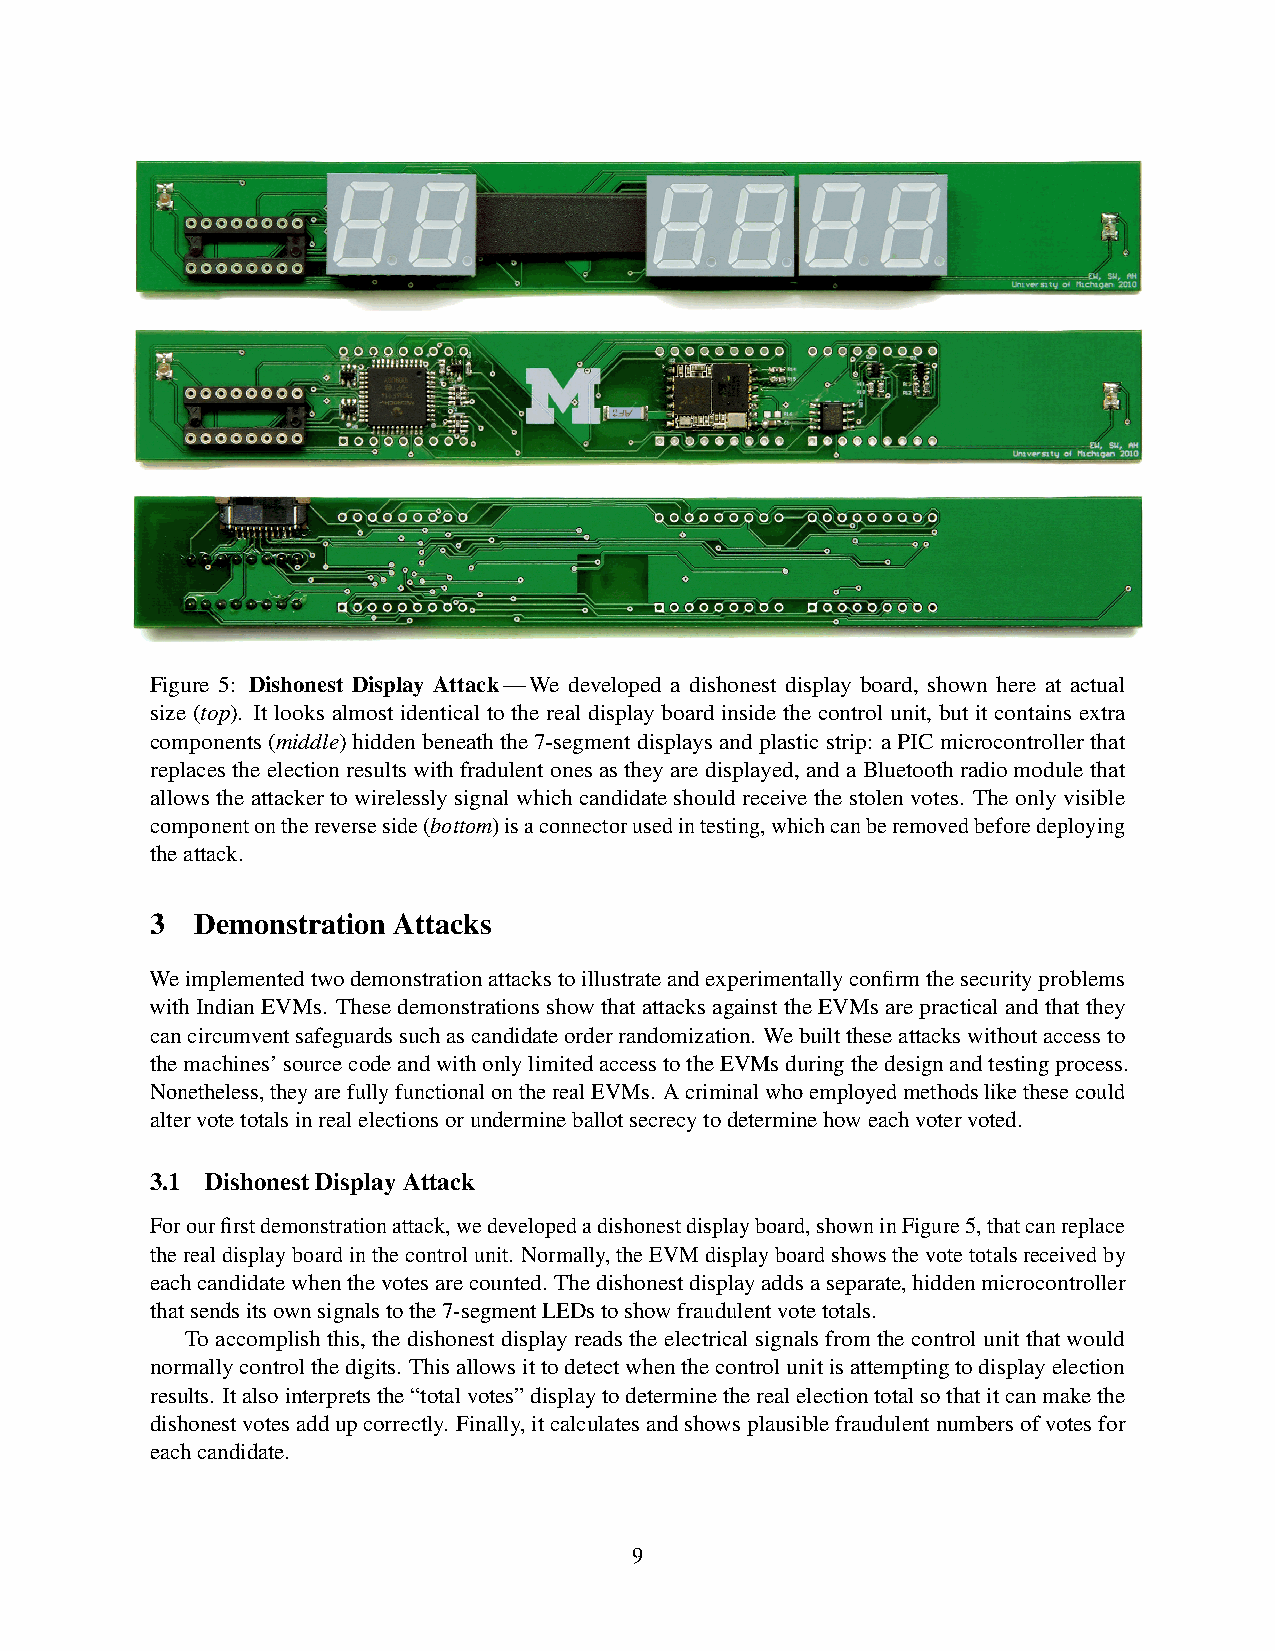
Figure 5: Dishonest Display Attack—We developed a dishonest display board, shown here at actual
 size (top). It looks almost identical to the real display board inside the control unit, but it contains extra
 components(middle)hiddenbeneaththe7-segmentdisplaysandplasticstrip: aPICmicrocontrollerthat
 replaces the election results with fradulent ones as they are displayed, and a Bluetooth radio module that
 allowstheattackertowirelesslysignalwhichcandidateshouldreceivethestolenvotes. Theonlyvisible
 componentonthereverseside(bottom)isaconnectorusedintesting,whichcanberemovedbeforedeploying
 theattack.
 3  Demonstration Attacks
 Weimplementedtwodemonstrationattackstoillustrateandexperimentallyconfirmthesecurityproblems
 withIndianEVMs. ThesedemonstrationsshowthatattacksagainsttheEVMsarepracticalandthatthey
 cancircumventsafeguardssuchascandidateorderrandomization. Webuilttheseattackswithoutaccessto
 themachines’sourcecodeandwithonlylimitedaccesstotheEVMsduringthedesignandtestingprocess.
 Nonetheless,theyarefullyfunctionalontherealEVMs. Acriminalwhoemployedmethodslikethesecould
 altervotetotalsinrealelectionsorundermineballotsecrecytodeterminehoweachvotervoted.
 3.1 DishonestDisplayAttack
 Forourfirstdemonstrationattack,wedevelopedadishonestdisplayboard,showninFigure5,thatcanreplace
 therealdisplayboardinthecontrolunit. Normally,theEVMdisplayboardshowsthevotetotalsreceivedby
 eachcandidatewhenthevotesarecounted. Thedishonestdisplayaddsaseparate,hiddenmicrocontroller
 thatsendsitsownsignalstothe7-segmentLEDstoshowfraudulentvotetotals.
 Toaccomplishthis, the dishonestdisplayreads the electricalsignalsfrom thecontrolunitthat would
 normallycontrolthedigits. Thisallowsittodetectwhenthecontrolunitisattemptingtodisplayelection
 results. Italsointerpretsthe“totalvotes”displaytodeterminetherealelectiontotalsothatitcanmakethe
 dishonestvotesaddupcorrectly. Finally,itcalculatesandshowsplausiblefraudulentnumbersofvotesfor
 eachcandidate.
 9